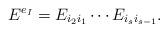
LaTeX: \begin{align*}E^{e_I}= E_{i_2i_1}\cdots E_{i_si_{s-1}}.\end{align*}